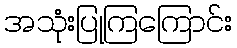
အသုံးပြုကြကြောင်း